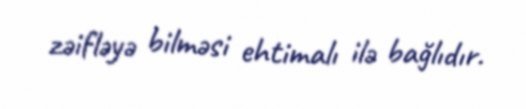
zəifləyə bilməsi ehtimalı ilə bağlıdır.